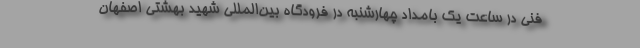
فنی در ساعت یک بامداد چهارشنبه در فرودگاه بین‌المللی شهید بهشتی اصفهان